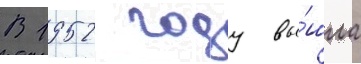
В 1952 году вы́шла